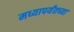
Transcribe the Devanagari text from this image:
मध्यापर्यंतच्या